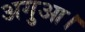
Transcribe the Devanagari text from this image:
अगुआ।